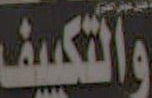
والتكييف